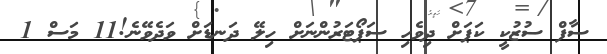
ސާފް ސުޒުކީ ކަޕަށް ދިވެހި ސަޕޯޓަރުންނަށް ހިލޭ ދަނޑަށް ވަދެވޭނެ!11 މަސް 1